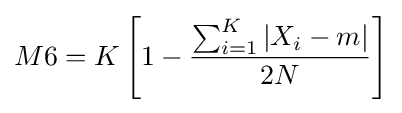
M6=K\left[1-{\frac {\sum _{i=1}^{K}|X_{i}-m|}{2N}}\right]